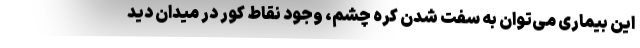
این بیماری می‌توان به سفت شدن کره چشم، وجود نقاط کور در میدان دید